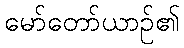
မော်တော်ယာဉ်၏